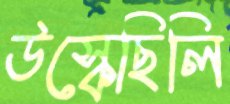
উস্‌কেছিলি